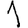
Digit: 1